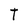
Character: T